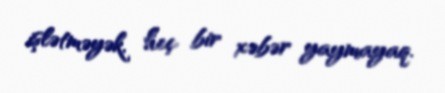
işlətməyək, heç bir xəbər yaymayaq.